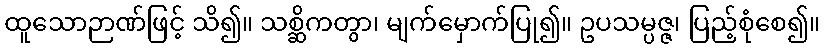
ထူသောဉာဏ်ဖြင့် သိ၍။ သစ္ဆိကတွာ၊ မျက်မှောက်ပြု၍။ ဥပသမ္ပဇ္ဇ၊ ပြည့်စုံစေ၍။